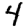
Digit: 4